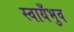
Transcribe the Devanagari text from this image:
स्वायँभुव